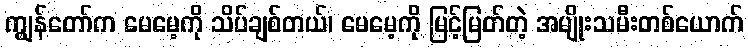
ကျွန်တော်က မေမေ့ကို သိပ်ချစ်တယ်၊ မေမေ့ကို မြင့်မြတ်တဲ့ အမျိုးသမီးတစ်ယောက်